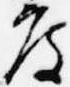
度